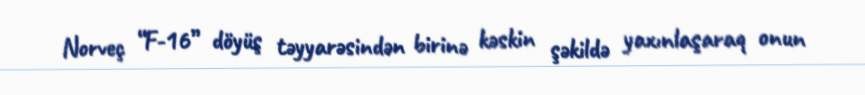
Norveç “F-16” döyüş təyyarəsindən birinə kəskin şəkildə yaxınlaşaraq onun